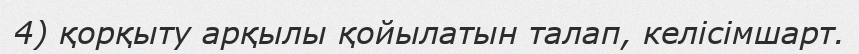
4) қорқыту арқылы қойылатын талап, келісімшарт.